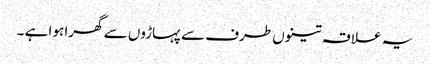
یہ علاقہ تینوں طرف سے پہاڑوں سے گھرا ہوا ہے ۔